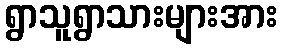
ရွာသူရွာသားများအား